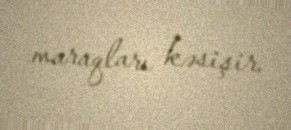
maraqları kəsişir.